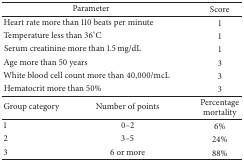
<table><thead><tr><td colspan="2"><b>Parameter</b></td><td><b>Score</b></td></tr></thead><tbody><tr><td colspan="2">Heart rate more than 110 beats per minute</td><td>1</td></tr><tr><td colspan="2">Temperature less than 36°C</td><td>1</td></tr><tr><td colspan="2">Serum creatinine more than 1.5 mg/dL</td><td>1</td></tr><tr><td colspan="2">Age more than 50 years</td><td>3</td></tr><tr><td colspan="2">White blood cell count more than 40,000/mcL</td><td>3</td></tr><tr><td colspan="2">Hematocrit more than 50%</td><td>3</td></tr><tr><td>Group category</td><td>Number of points</td><td>Percentage mortality</td></tr><tr><td>1</td><td>0–2</td><td>6%</td></tr><tr><td>2</td><td>3–5</td><td>24%</td></tr><tr><td>3</td><td>6 or more</td><td>88%</td></tr></tbody></table>